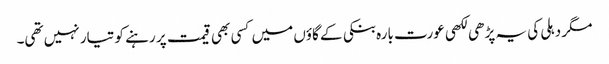
مگر دہلی کی یہ پڑھی لکھی عورت بارہ بنکی کے گاؤں میں کسی بھی قیمت پر رہنے کو تیار نہیں تھی۔